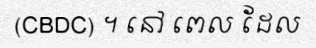
(CBDC) ។ នៅ ពេល ដែល